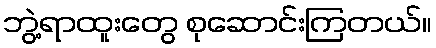
ဘွဲ့ရာထူးတွေ စုဆောင်းကြတယ်။